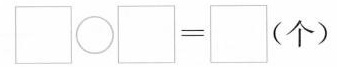
$$\square \bigcirc \square = \square$$(个)